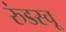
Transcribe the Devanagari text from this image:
रुंडस्चू